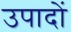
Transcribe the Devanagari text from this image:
उपादों